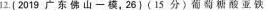
12.[2019广东佛山-模，26)(15分)葡萄糖酸亚铁